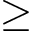
\geq